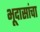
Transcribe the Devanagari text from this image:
भूदासांचा